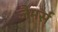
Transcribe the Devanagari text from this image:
जैमर्स